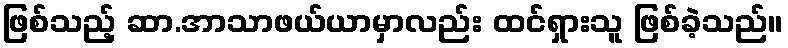
ဖြစ်သည့် ဆာ.အာသာဖယ်ယာမှာလည်း ထင်ရှားသူ ဖြစ်ခဲ့သည်။